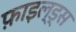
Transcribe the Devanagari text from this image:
फ़ाइल्ड्स